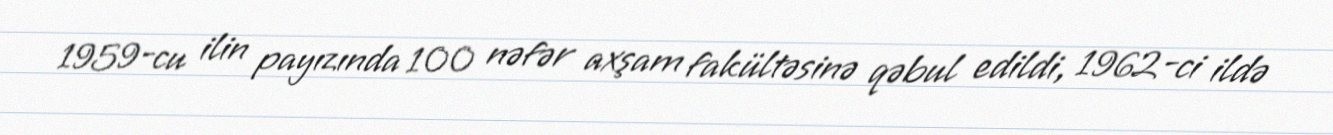
1959-cu ilin payızında 100 nəfər axşam fakültəsinə qəbul edildi, 1962-ci ildə